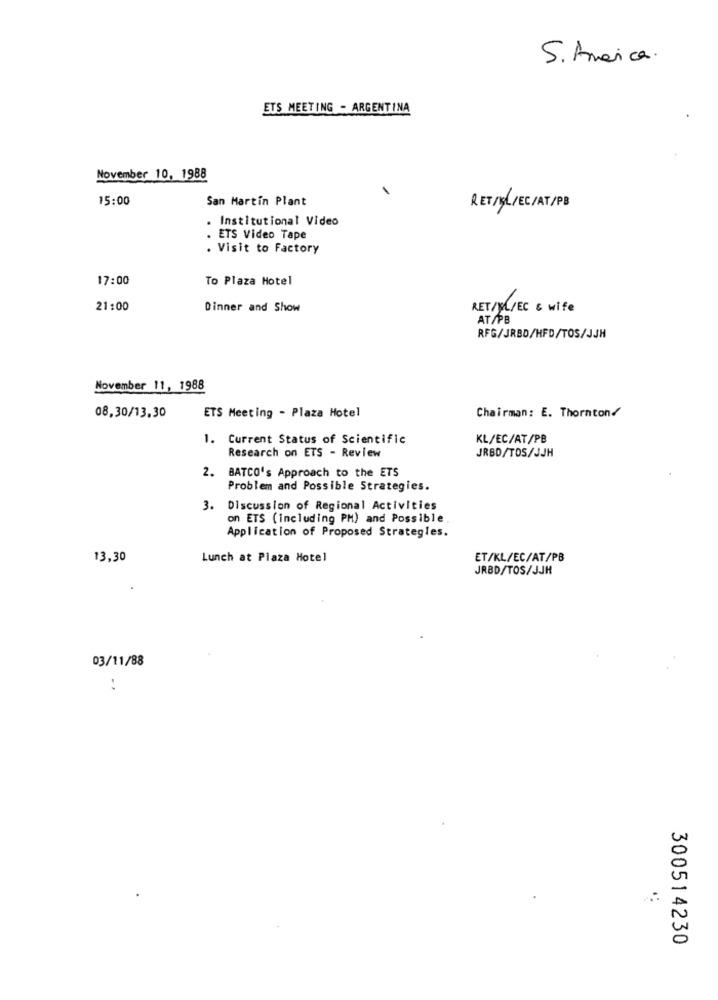
S. America.
ETS MEETING - ARGENTINA
November 10, 1988
15:00
San Martin Plant
RET/gL/EC/AT/PB
. Institutional Video
. ETS Video Tape
. Visit to Factory
17:00
To Plaza Hotel
21:00
Dinner and Show
RET/ML/EC & wife
AT/PB
RFG/JRBD/HFD/TOS/JJH
November 11, 1988
08,30/13,30
ETS Meeting - Plaza Hotel
Chairman: E. Thornton/
1. Current Status of Scientific
KL/EC/AT/PB
Research on ETS - Review
JRBD/TOS/JJH
2. BATCO's Approach to the ETS
Problem and Possible Strategies.
3. Discussion of Regional Activities
on ETS (including PM) and Possible.
Application of Proposed Strategies.
13,30
Lunch at Plaza Hotel
ET/KL/EC/AT/PB
JRBD/TOS/JJH
03/11/88
:
300514230